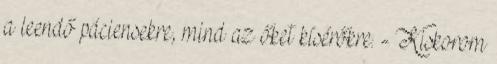
a leendő páciensekre, mind az őket kísérőkre. - Kiskorom